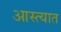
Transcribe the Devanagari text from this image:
आस्त्यात